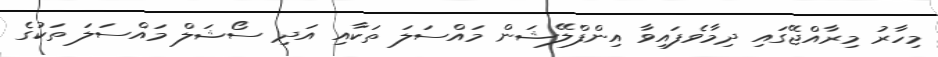
މިހާރު މިރާއްޖޭގައި ދިމާވެފައިވާ އިންފްލޭޝަން މައްސަލަ ތަކާއި އަދި ސޯޝަލް މައްސަލަ ތަކުގެ